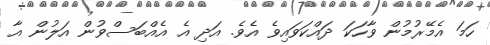
ހަމަ އެމޭރުމުން ވާހަކަ ދައްކަވައިވެ އެވެ. އަދި އެ އެއްބަސްވުން އަލުން އާ